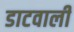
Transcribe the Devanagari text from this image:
डाटवाली